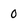
Character: 0